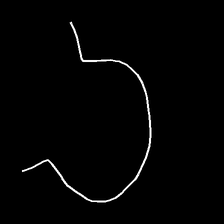
Glyph: weave